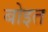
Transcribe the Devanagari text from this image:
बोइत